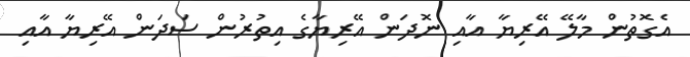
އެގޮތުން މާލޭ އޭރިޔާ އާއި ނޮދަން އޭރިޔާގެ އިތުރުން ސަދަން އޭރިޔާ އާއި